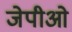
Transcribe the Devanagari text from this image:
जेपीओ